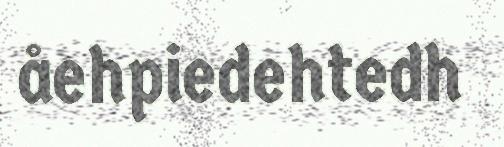
åehpiedehtedh